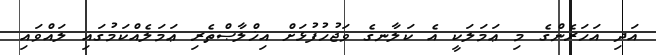
އަދި އަހަރެންގެ މި ޢަމަލަކީ އެ ކަލާނގެ ވަޖުހުފުޅަށް އިޚްލާޞްތެރި ޢަމަލެއްކަމުގައި ލައްވައި